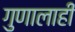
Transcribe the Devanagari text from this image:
गुणालाही